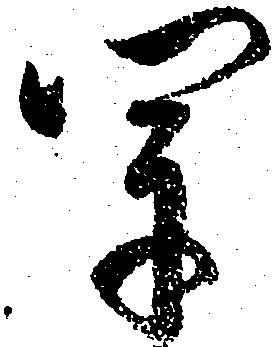
軍